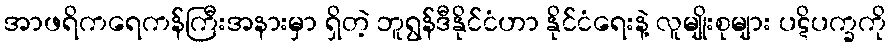
အာဖရိကရေကန်ကြီးအနားမှာ ရှိတဲ့ ဘူရွန်ဒီနိုင်ငံဟာ နိုင်ငံရေးနဲ့ လူမျိုးစုများ ပဋိပက္ခကို